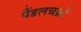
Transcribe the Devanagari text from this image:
पैंडलचक्रों